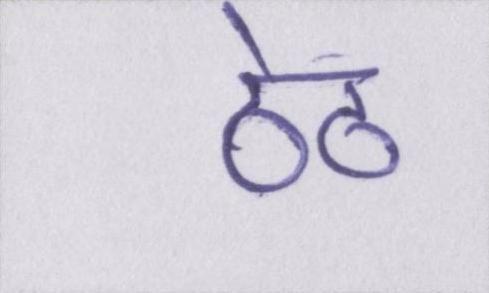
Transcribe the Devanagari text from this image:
ठेठ